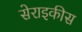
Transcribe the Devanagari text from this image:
सेराइकीस